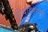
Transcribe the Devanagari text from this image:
बीथोव्हेनने